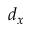
d _ { x }